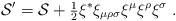
\begin{align*}{\cal S}' = {\cal S} + \mbox{\small{$\frac{1}{2}$}}\xi^* \xi_{\mu \rho \sigma} \xi^{\mu} \xi^{\rho} \xi^{\sigma} \;.\end{align*}